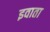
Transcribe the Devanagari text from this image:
इवाता